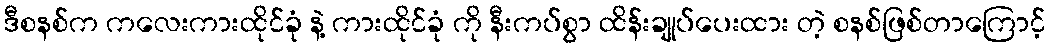
ဒီစနစ်က ကလေးကားထိုင်ခုံ နဲ့ ကားထိုင်ခုံ ကို နီးကပ်စွာ ထိန်းချုပ်ပေးထား တဲ့ စနစ်ဖြစ်တာကြောင့်